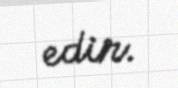
edir.